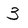
Character: 3